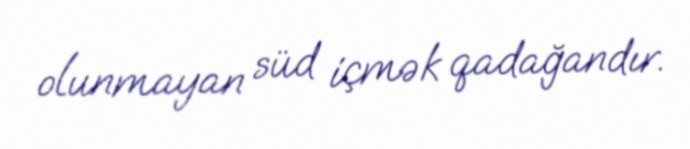
olunmayan süd içmək qadağandır.